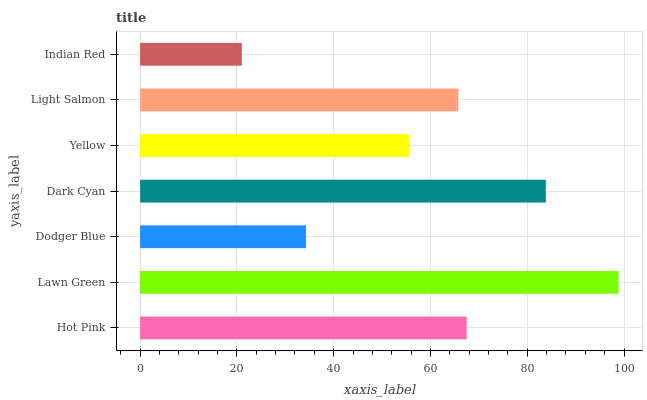
| yaxis_label | bars |
 | --- | --- |
 | Hot Pink | 67.5 |
 | Lawn Green | 98.9 |
 | Dodger Blue | 34.3 |
 | Dark Cyan | 83.8 |
 | Yellow | 55.5 |
 | Light Salmon | 65.8 |
 | Indian Red | 21 |